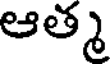
ఆత్మ